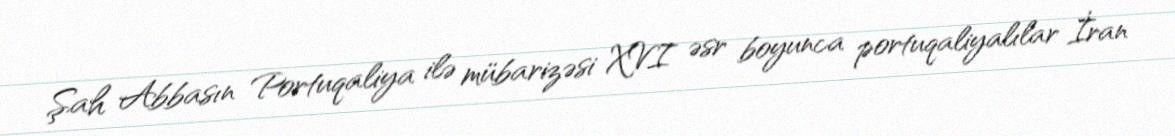
Şah Abbasın Portuqaliya ilə mübarizəsi XVI əsr boyunca portuqaliyalılar İran